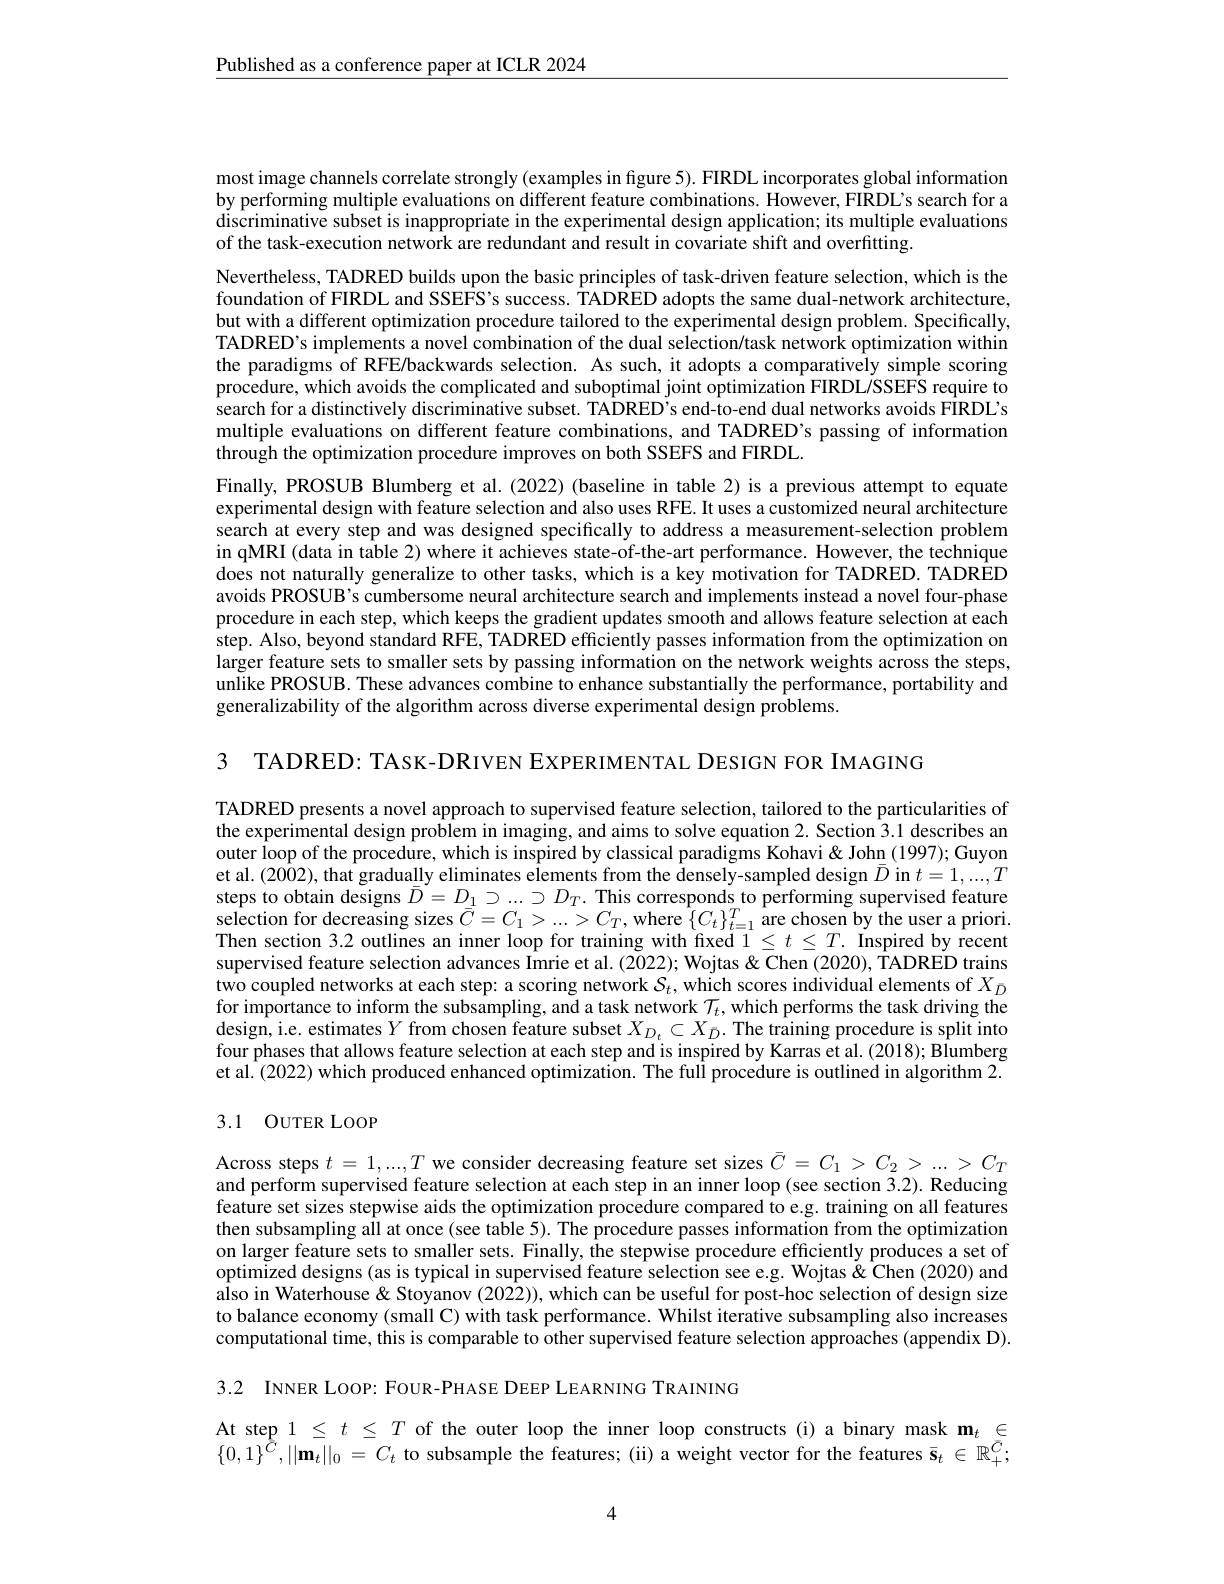
$\underline{\text{Published as a conference paper at ICLR 2024}}$

most image channels correlate strongly (examples in figure 5). FIRDL incorporates global information by performing multiple evaluations on different feature combinations. However, FIRDL's search for a $\tilde{\text{discriminative subset is inappropriate in the experimental design application; its multiple evaluations}}$ of the task-execution network are redundant and result in covariate shift and overfitting.

Nevertheless, TADRED builds upon the basic principles of task-driven feature selection, which is the foundation of FIRDL and SSEFS's success. TADRED adopts the same dual-network architecture, but with a different optimization procedure tailored to the experimental design problem. Specifically, TADRED's implements a novel combination of the dual selection/task network optimization within the paradigms of RFE/backwards selection. As such, it adopts a comparatively simple scoring procedure, which avoids the complicated and suboptimal joint optimization FIRDL/SSEFS require to search for a distinctively discriminative subset. TADRED's end-to-end dual networks avoids FIRDL's multiple evaluations on different feature combinations, and TADRED's passing of information through the optimization procedure improves on both SSEFS and FIRDL.
Finally, PROSUB Blumberg et al.(2022)(baseline in table 2) is a previous attempt to equate experimental design with feature selection and also uses RFE. It uses a customized neural architecture search at every step and was designed specifically to address a measurement-selection problem in qMRI (data in table 2) where it achieves state-of-the-art performance. However, the technique does not naturally generalize to other tasks, which is a key motivation for TADRED. TADRED avoids PROSUB's cumbersome neural architecture search and implements instead a novel four-phase procedure in each step, which keeps the gradient updates smooth and allows feature selection at each step. Also, beyond standard RFE, TADRED efficiently passes information from the optimization on larger feature sets to smaller sets by passing information on the network weights across the steps, unlike PROSUB. These advances combine to enhance substantially the performance, portability and generalizability of the algorithm across diverse experimental design problems.

3 TADRED: TASK-DRIVEN EXPERIMENTAL DESIGN FOR IMAGING

TADRED presents a novel approach to supervised feature selection, tailored to the particularities of the experimental design problem in imaging, and aims to solve equation 2. Section 3.1 describes an outer loop of the procedure, which is inspired by classical paradigms Kohavi & John (1997); Guyon et al. (2002), that gradually eliminates elements from the densely-sampled design $\bar{D}$ in $t=1,...,T$ steps to obtain designs $\bar{D}=D_{\frac1\alpha}\supset\ldots\supset D_T.$ This corresponds to performing supervised feature selection for decreasing sizes $\bar{C}=C_1>...>C_T$, where $\{C_t\}_t=1^T$ are chosen by the user a priori. Then section 3.2 outlines an inner loop for training with fixed $1\leq t\leq T.$ Inspired by recent supervised feature selection advances Imrie et al. (2022); Wojtas & Chen (2020), TADRED trains $\hat{\text{two coupled networks at each step: a scoring network }S_t,\text{which scores individual elements of }X_D}$ for importance to inform the subsampling, and a task network $\mathcal{T}_t$, which performs the task driving the design, i.e. estimates $Y$ from chosen feature subset $X_D_t\subset X_{\bar{D}}.$ The training procedure is split into four phases that allows feature selection at each step and is inspired by Karras et al. (2018); Blumberg et al. (2022) which produced enhanced optimization. The fulÎ procedure is outlined in algorithm 2.

## 3.1 OUTER LOOP

Across steps $t=1,...,T$ we consider decreasing feature set sizes $\bar{C}=C_1>C_2>...>C_T$ and perform supervised feature selection at each step in an inner loop (see section 3.2). Reducing feature set sizes stepwise aids the optimization procedure compared to e.g. training on all features then subsampling all at once (see table 5). The procedure passes information from the optimization on larger feature sets to smaller sets. Finally, the stepwise procedure efficiently produces a set of optimized designs (as is typical in supervised feature selection see e.g. Wojtas & Chen (2020) and also in Waterhouse & Stoyanov (2022)), which can be useful for post-hoc selection of design size to balance economy (small C) with task performance. Whilst iterative subsampling also increases computational time, this is comparable to other supervised feature selection approaches (appendix D).

3.2 INNER LOOP: FOUR-PHASE DEEP LEARNING TRAINING

At step $1\leq t\leq T$ of the outer loop the inner loop constructs (i) a binary mask $\mathbf{m}_t\in$ $\{0,1\}^{\hat{C}},||\mathbf{m}_{t}||_{0}=C_{t}$ to subsample the features; (ii) a weight vector for the features $\bar{\mathbf{s}}_t\in\mathbb{R}_+^{\bar{C}};$

4